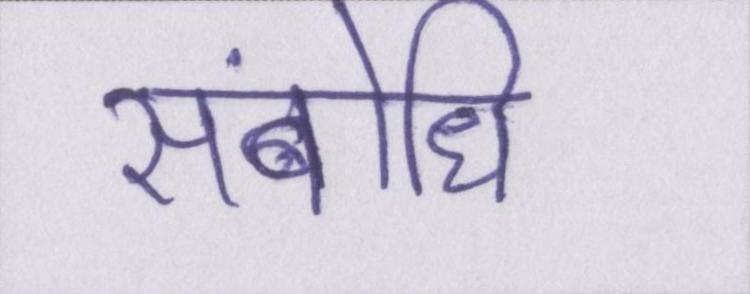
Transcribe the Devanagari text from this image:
संबोधि